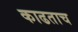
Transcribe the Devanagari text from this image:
काढताच